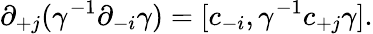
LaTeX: \partial_{+j}(\gamma^{-1}\partial_{-i}\gamma)=[c_{-i},\gamma^{-1}c_{+j}\gamma].